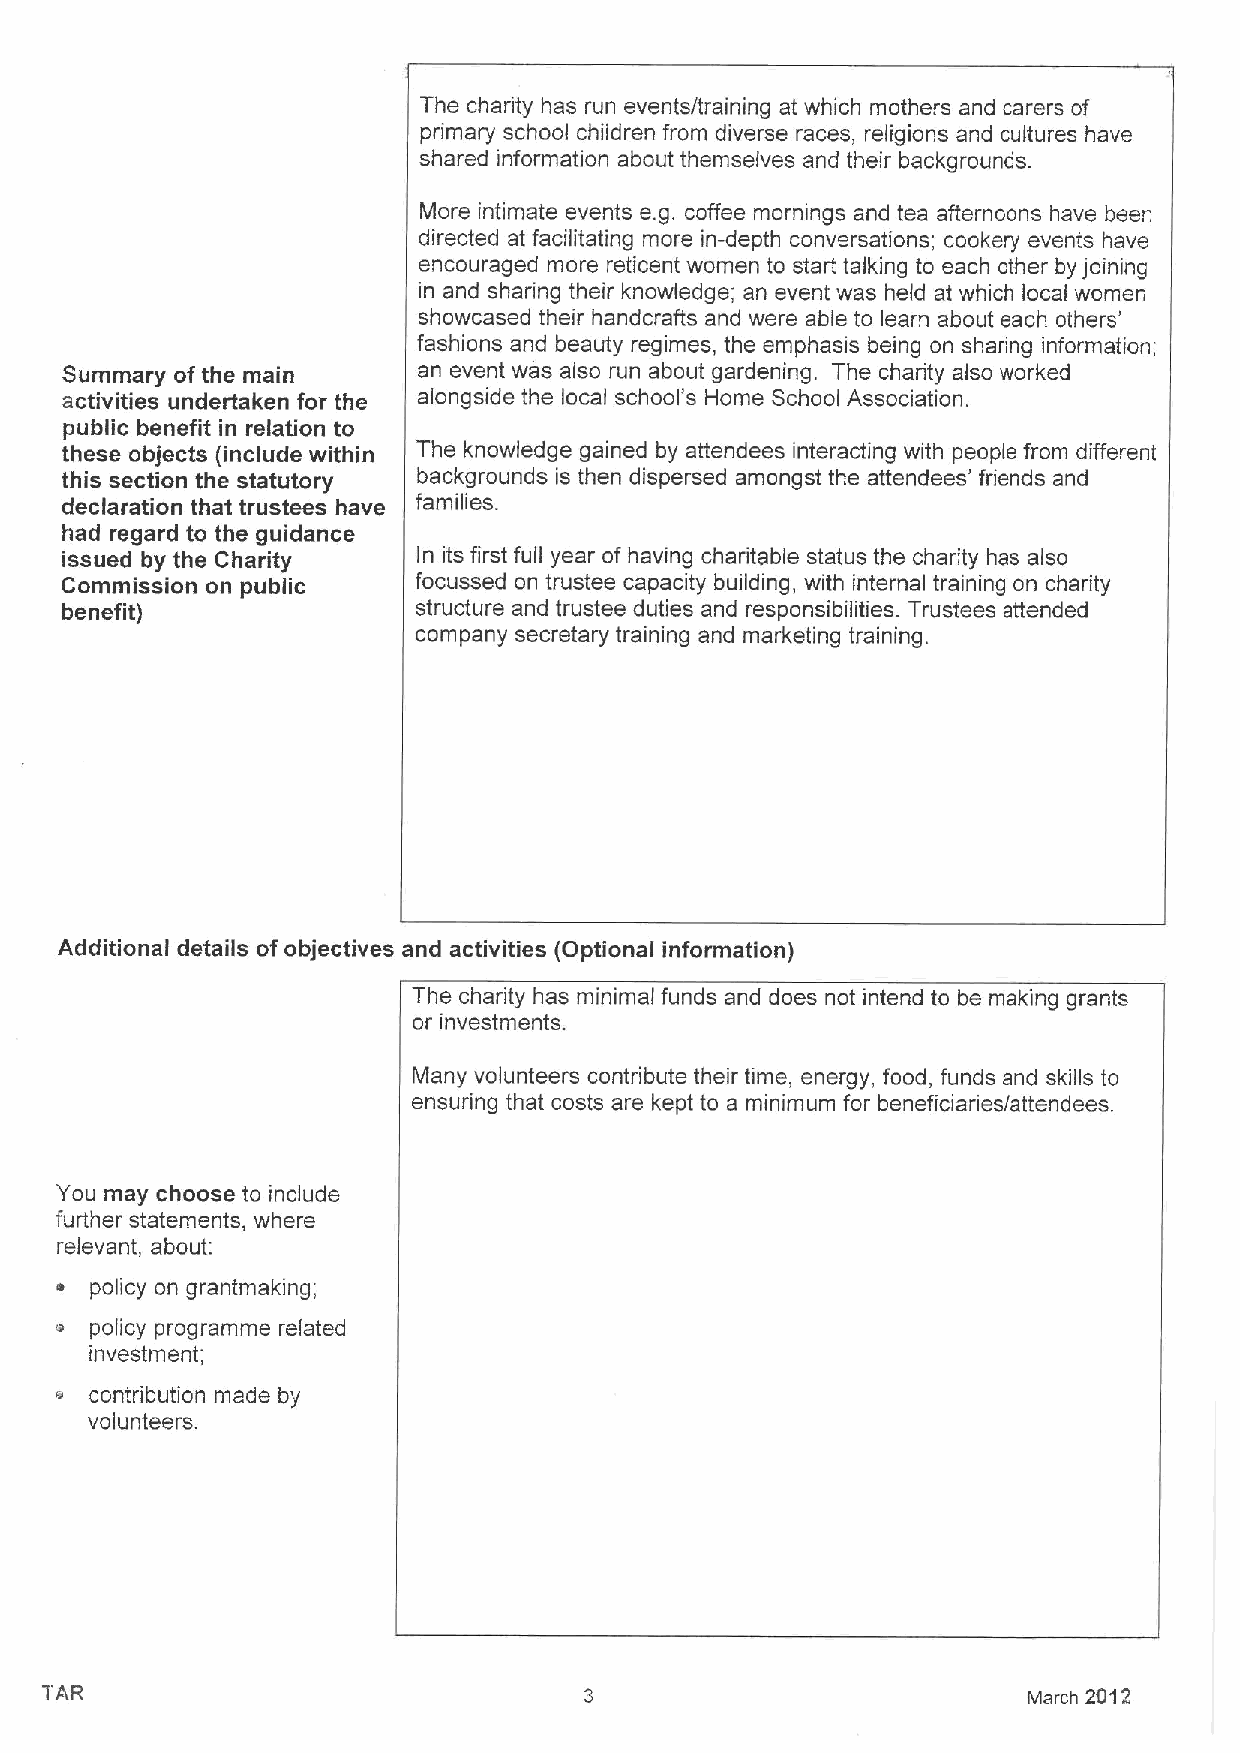
The charity has run events/training at which mothers and carers of
 primary school children from diverse races, religions and cultures have
 shared information about themselves and their backgrounds.
 More intimate events e.g. coffee mornings and tea afternoons have been
 directed at facilitating more in-depth conversations; cookery events have
 encouraged more reticent women to start talking to each other by joining
 in and sharing their knowledge; an event was held at which local women
 showcased their handcrafts and were able to learn about each others'
 fashions and beauty regimes, the emphasis being on sharing information;
 Summary of the main     an event was also run about gardening. The charity also worked
 activities undertaken for the alongside the local school's Home School Association.
 public benefit in relation to
 these objects (include within The knowledge gained by attendees interacting with people from different
 this section the statutory backgrounds is then dispersed amongst the attendees' friends and
 declaration that trustees have families.
 had regard to the guidance
 issued by the Charity   In its first full year of having charitable status the charity has also
 Commission on public    focussed on trustee capacity building, with internal training on charity
 benefit)                structure and trustee duties and responsibilities. Trustees attended
 company secretary training and marketing training.
 Additional details of objectives and activities (Optional information)
 The charity has minimal funds and does not intend to be making grants
 or investments.
 Many volunteers contribute their time, energy, food, funds and skills to
 ensuring that costs are kept to a minimum for beneficiaries/attendees.
 You may choose to include
 further statements, where
 relevant, about:
 policy on grantmaking;
 policy programme related
 investment;
 contribution made by
 volunteers.
 March 2612